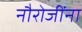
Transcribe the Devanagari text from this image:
नौरोजींना